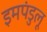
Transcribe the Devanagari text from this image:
इमपंडुलू